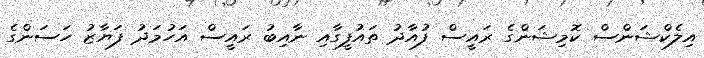
އިލެކްޝަންސް ކޮމިޝަންގެ ރައީސް ފުއާދު ތައުފީގާއި ނާއިބު ރައީސް އަހުމަދު ފަޔާޒު ހަސަންގެ